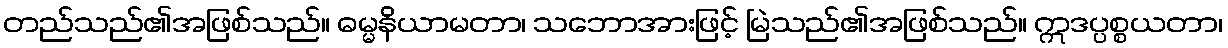
တည်သည်၏အဖြစ်သည်။ ဓမ္မနိယာမတာ၊ သဘောအားဖြင့် မြဲသည်၏အဖြစ်သည်။ ဣဒပ္ပစ္စယတာ၊